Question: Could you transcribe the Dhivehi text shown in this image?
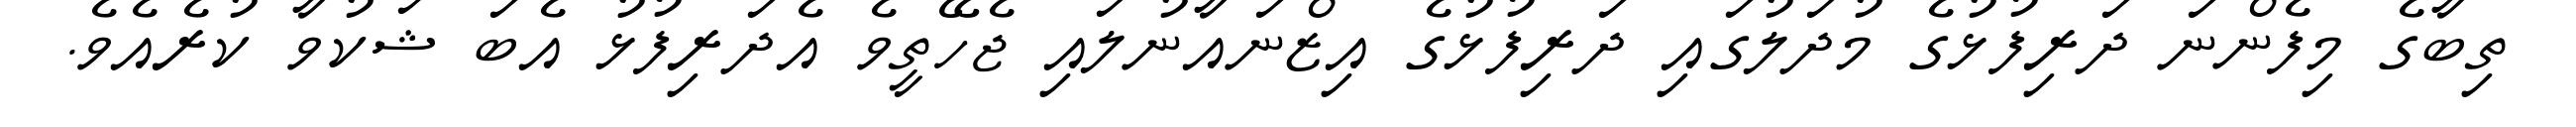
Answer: ތިބާގެ މިފެންނަ ދަރިފުޅުގެ މުދަލުގައި ދަރިފުޅުގެ އިޒްނައާނުލައި ޖެހޭތީވެ އެދަރިފުޅު އެބަ ޝަކުވާ ކުރެއެވެ.